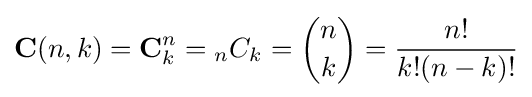
\mathbf {C} (n,k)=\mathbf {C} _{k}^{n}={{}_{n}C_{k}}={n \choose k}={\frac {n!}{k!(n-k)!}}